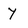
Character: y